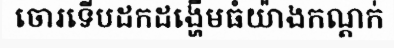
ចោរទើបដកដង្ហើមធំយ៉ាងកណ្តក់